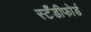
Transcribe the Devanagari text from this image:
स्टँडीफोर्ड